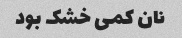
نان کمی خشک بود